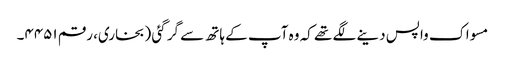
مسواک واپس دینے لگے تھے کہ وہ آپ کے ہاتھ سے گر گئی (بخاری، رقم ۴۴۵۱۔